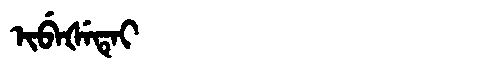
Manchu: ᡳᠪᡝᡧᡝᡨᡝᡳ
Romanization: IBEŠETEI